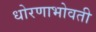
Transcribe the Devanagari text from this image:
धोरणाभोवती